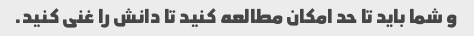
و شما باید تا حد امکان مطالعه کنید تا دانش را غنی کنید.